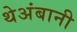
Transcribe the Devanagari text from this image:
थेअंबानी